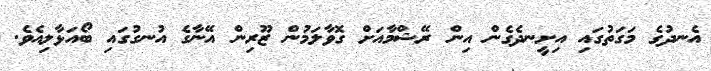
އެނދުގެ މަގަތުގައި އިށީނދެގެން އިން ރޭޝްމާއަށް ގޮވާލަމުން ޒޫރިން އޭނާގެ އުނގުގައި ބޯއަޅާލިއެވެ.